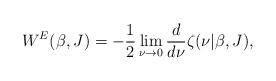
LaTeX: \begin{align*} W^E(\beta,J)=-\frac 12 \lim_{\nu\rightarrow 0}{d \over d\nu}\zeta(\nu|\beta,J),\end{align*}